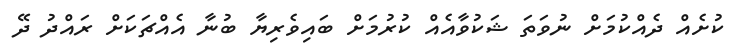
ކުށެއް ދެއްކުމަށް ނުވަތަ ޝަކުވާއެއް ކުރުމަށް ބައިވެރިޔާ ބުނާ އެއްޗަކަށް ރައްދު ދޭ